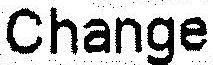
CHANGE